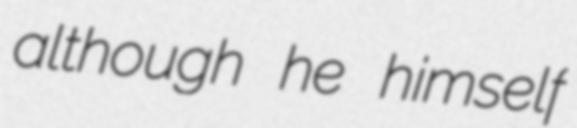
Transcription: although he himself